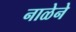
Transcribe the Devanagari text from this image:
नाळेने